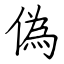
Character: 偽